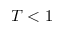
T < 1